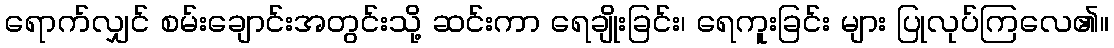
ရောက်လျှင် စမ်းချောင်းအတွင်းသို့ ဆင်းကာ ရေချိုးခြင်း၊ ရေကူးခြင်း များ ပြုလုပ်ကြလေ၏။